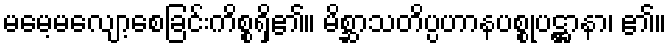
မမေ့မလျော့စေခြင်းကိစ္စရှိ၏။ မိစ္ဆာသတိပ္ပဟာနပစ္စုပဋ္ဌာနာ၊ ၏။